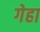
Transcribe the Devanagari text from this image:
गेहा